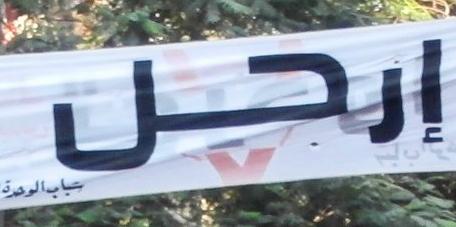
إرحل